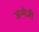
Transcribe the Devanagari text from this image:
जन्मेजी